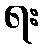
ရး